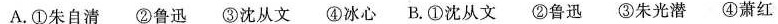
A.①朱自清②鲁迅③沈从文④冰心B.①沈从文②鲁迅③朱光潜④萧红